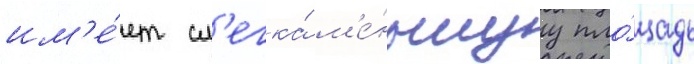
им'е́ет сл'егка́ м'е́ньшуу пло́щадь